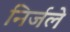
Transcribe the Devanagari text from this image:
निर्जले